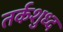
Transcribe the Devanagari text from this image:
तर्कशुध्द